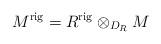
LaTeX: \begin{align*}M^{\mathrm{rig}} = R^{\mathrm{rig}}\otimes_{D_R}M \end{align*}